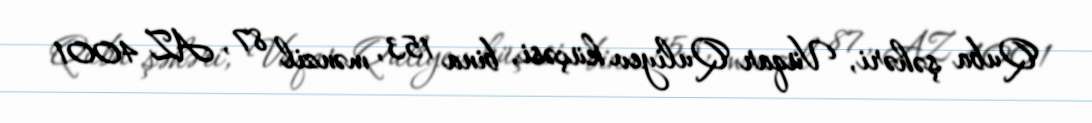
Quba şəhəri, Vüqar Quliyev küçəsi, bina 153, mənzil 87, AZ 4001